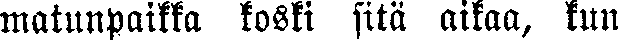
matunpaikka koski sitä aikaa, kun